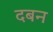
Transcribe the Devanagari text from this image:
दबन